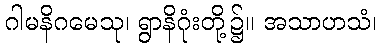
ဂါမနိဂမေသု၊ ရွာနိဂုံးတို့၌။ အသာဟသံ၊